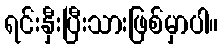
ရင်းနှီးပြီးသားဖြစ်မှာပါ။